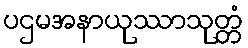
ပဌမအနာယုဿာသုတ္တံ